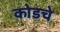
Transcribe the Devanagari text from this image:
कोडचे